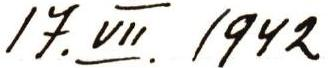
17. VII. 1942